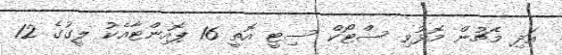
އަދި މެޗުން މޮޅުވި ސްޓޯކް ސިޓީ އޮތީ 16 ޕޮއިންޓާއެކު ލީގުގެ 12